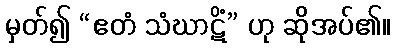
မှတ်၍ “ဧတံ သံဃာဋိံ” ဟု ဆိုအပ်၏။